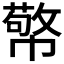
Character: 𭘷